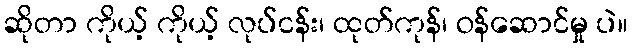
ဆိုတာ ကိုယ့် ကိုယ့် လုပ်ငန်း၊ ထုတ်ကုန်၊ ဝန်ဆောင်မှု ပဲ။